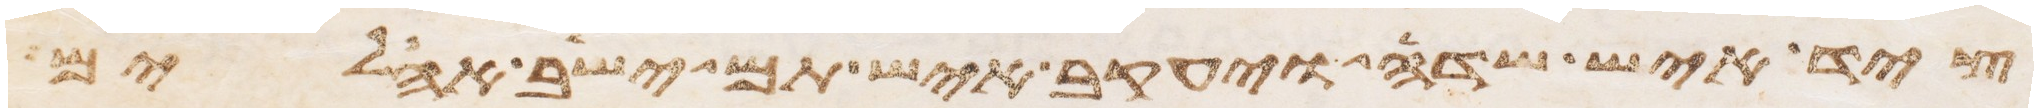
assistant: ציד איש שדה ויעקב איש תם ישב אהלים